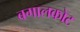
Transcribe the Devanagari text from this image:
बगालकोट